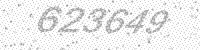
Solution: 623649